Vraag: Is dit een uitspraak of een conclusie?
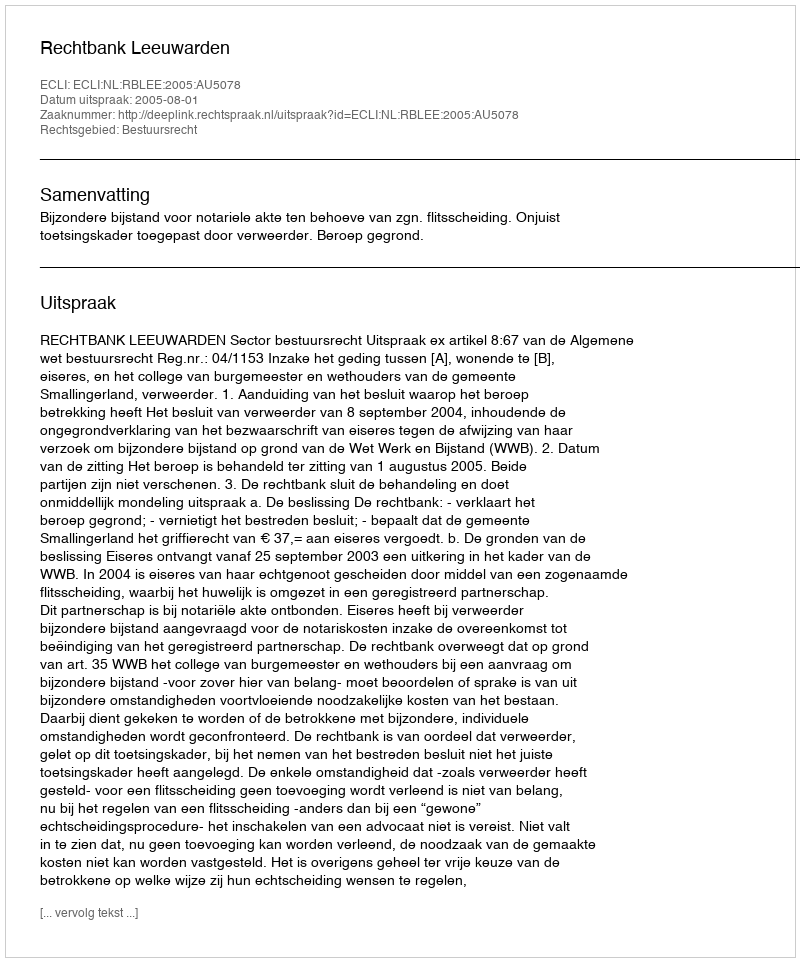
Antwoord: Uitspraak